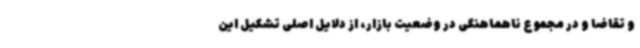
و تقاضا و در مجموع ناهماهنگی در وضعیت بازار، از دلایل اصلی تشکیل این